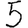
Digit: 5